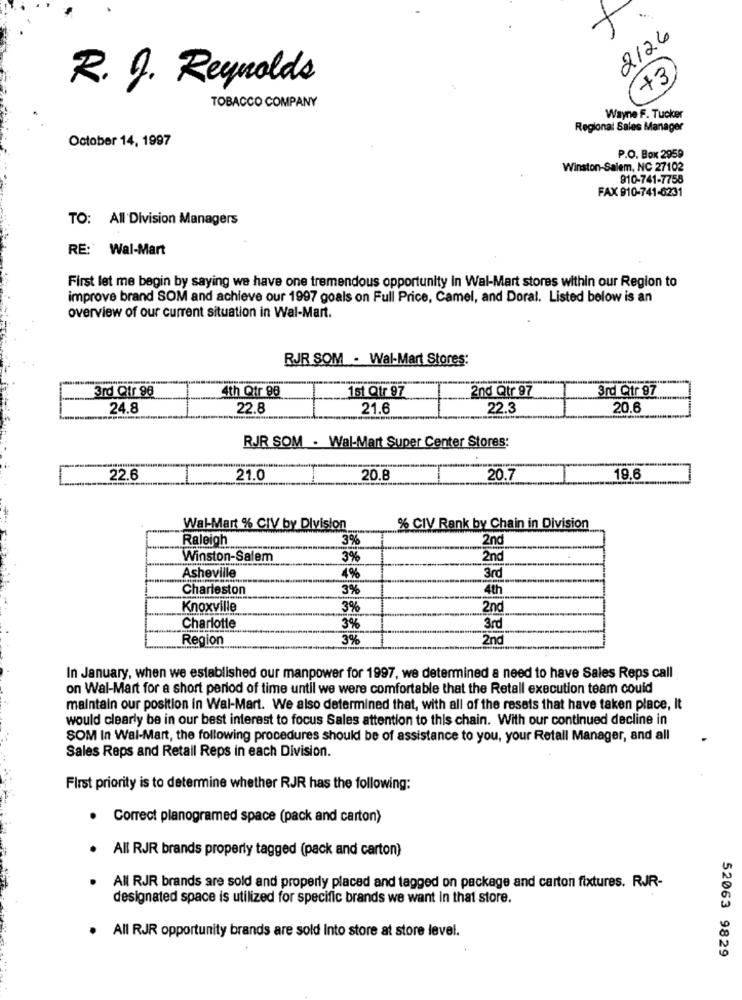
2126
+3
R. J. Reynolds
TOBACCO COMPANY
Wayne F. Tucker
Regional Sales Manager
October 14, 1997
P.O. Box 2959
Winston-Salem, NC 27102
910-741-7758
FAX 910-741-6231
TO: All'Division Managers
RE: Wal-Mart
First let me begin by saying we have one tremendous opportunity In Wal-Mart stores within our Region to
improve brand SOM and achieve our 1997 goals on Full Price, Camel, and Doral. Listed below is an
overview of our current situation in Wal-Mart.
RJR SOM - Wal-Mart Stores:
3rd Qir 98
4th Qtr 98
1st Qtr 97
2nd Qtr 97
3rd Qtr 97
24.8
22.8
21.6
22.3
20.6
RJR SOM . Wal-Mart Super Center Stores:
22.6
21.0
20.8
20.7
19.6
Wal-Mart % CIV by Division
% CIV Rank by Chain in Division
Raleigh
3%
2nd
Winston-Salem
3%
2nd
Asheville
4%
3rd
Charleston
3%
4th
Knoxville
3%
2nd
Charlotte
3%
3rd
Region
3%
Zna
In January, when we established our manpower for 1997, we determined a need to have Sales Reps call
on Wal-Mart for a short period of time until we were comfortable that the Retail execution team could
maintain our position in Wal-Mart. We also determined that, with all of the resets that have taken place, It
would clearly be in our best interest to focus Sales attention to this chain. With our continued decline in
SOM In Wal-Mart, the following procedures should be of assistance to you, your Retail Manager, and all
Sales Reps and Retail Reps in each Division.
First priority is to determine whether RJR has the following:
.
Correct planogramed space (pack and carton)
All RJR brands properly tagged (pack and carton)
All RJR brands are sold and properly placed and tagged on package and carton fixtures. RJR-
designated space is utilized for specific brands we want in that store.
· All RJR opportunity brands are sold Into store at store level.
52063 9829